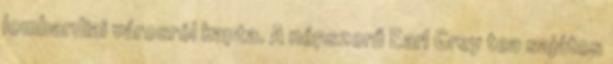
lombardiai városról kapta. A népszerű Earl Grey tea sajátos